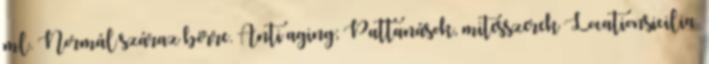
ml. Normál száraz bőrre. Anti aging; Pattanások, mitesszerek Locationsicilia.